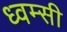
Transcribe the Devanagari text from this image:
ध्वम्सी